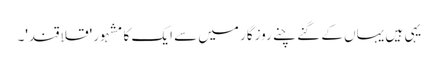
یہی ہیں یہاں کے گنے چنے روزگار میں سے ایک کا مشہور 'قلاقند'۔